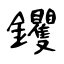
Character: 钁